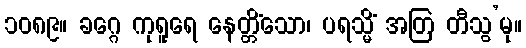
၁၀၈၉။ ခဂ္ဂေ ကုရူရေ နေတ္တိံသော၊ ပရသ္မိံ အတြ တီသွ’မု။